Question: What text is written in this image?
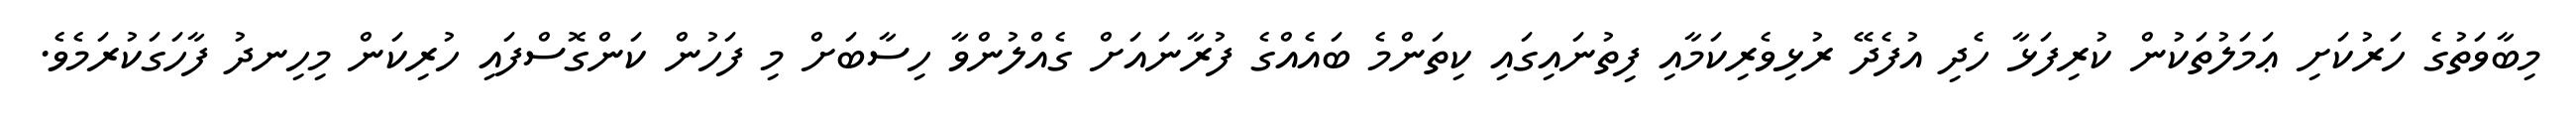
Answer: މިބާވަތުގެ ހަރުކަށި ޢަމަލުތަކުން ކުރިފަޅާ ހެދި އުފެދޭ ރުޅިވެރިކަމާއި ފިތުނައިގައި ކިތަންމެ ބައެއްގެ ފުރާނައަށް ގެއްލުންވާ ހިސާބަށް މި ފަހުން ކަންގޮސްފައި ހުރިކަން މިހިނދު ފާހަގަކުރަމެވެ.